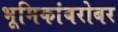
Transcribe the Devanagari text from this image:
भूमिकांबरोबर